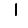
Digit: 1